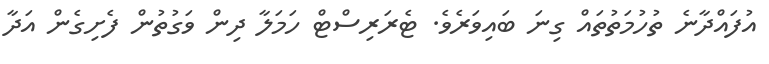
އުފައްދާނެ ތުހުމަތުތައް ގިނަ ބައިވަރެވެ. ޓެރަރިސްޓް ހަމަލާ ދިން ވަގުތުން ފެށިގެން އަދާ